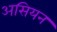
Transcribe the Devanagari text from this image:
असियन